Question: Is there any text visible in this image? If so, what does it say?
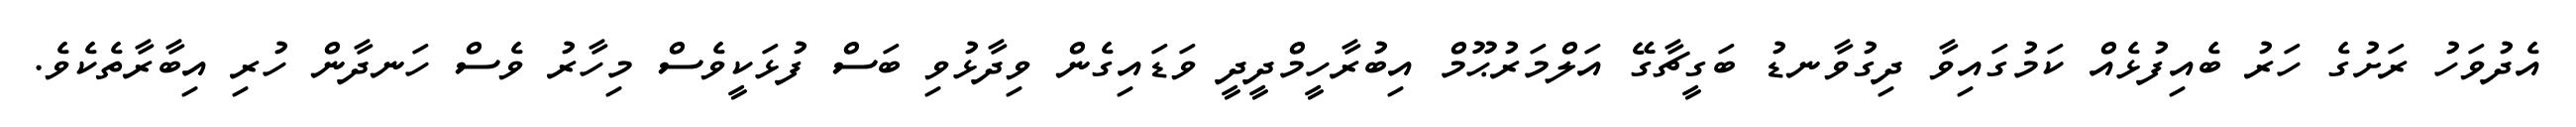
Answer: އެދުވަހު ރަށުގެ ހަރު ބެއިފުޅެއް ކަމުގައިވާ ދިގުވާނޑު ބަގީޗާގޭ އަލްމަރުޙޫމް އިބުރާހީމްދީދީ ވަޑައިގެން ވިދާޅުވި ބަސް ފުޅަކީވެސް މިހާރު ވެސް ހަނދާން ހުރި އިބާރާތެކެވެ.